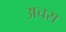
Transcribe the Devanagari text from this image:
अचरा